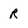
Character: R